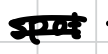
Text: spot
Cross-out: mix
Writing tool: digital_black